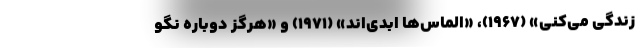
زندگی می‌کنی» (۱۹۶۷)، «الماس‌ها ابدی‌اند» (۱۹۷۱) و «هرگز دوباره نگو